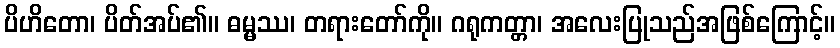
ပိဟိတော၊ ပိတ်အပ်၏။ ဓမ္မဿ၊ တရားတော်ကို။ ဂရုကတ္တာ၊ အလေးပြုသည်အဖြစ်ကြောင့်။